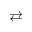
\rightleftarrows